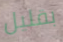
بقليل